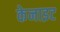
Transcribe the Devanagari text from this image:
केनाइट